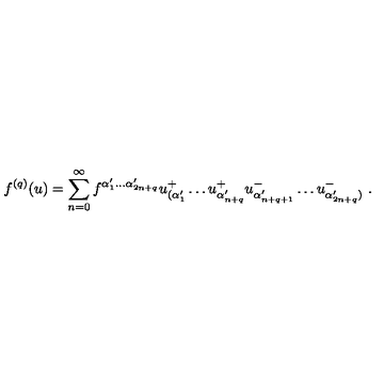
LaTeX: f ^ { ( q ) } ( u ) = \sum _ { n = 0 } ^ { \infty } f ^ { \alpha _ { 1 } ^ { \prime } \ldots \alpha _ { 2 n + q } ^ { \prime } } u _ { ( \alpha _ { 1 } ^ { \prime } } ^ { + } \ldots u _ { \alpha _ { n + q } ^ { \prime } } ^ { + } u _ { \alpha _ { n + q + 1 } ^ { \prime } } ^ { - } \ldots u _ { \alpha _ { 2 n + q } ^ { \prime } ) } ^ { - } \ .